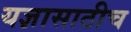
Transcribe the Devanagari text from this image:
यज्ञासाठीच